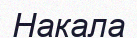
Накала